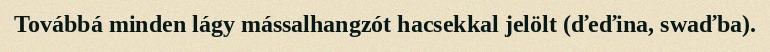
Továbbá minden lágy mássalhangzót hacsekkal jelölt (ďeďina, swaďba).